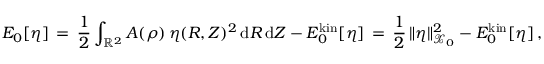
E _ { 0 } [ \eta ] \, = \, \frac 1 2 \int _ { \mathbb { R } ^ { 2 } } A ( \rho ) \, \eta ( R , Z ) ^ { 2 } \, \mathrm { d } R \, \mathrm { d } Z - E _ { 0 } ^ { \mathrm { k i n } } [ \eta ] \, = \, \frac 1 2 \, \| \eta \| _ { \mathcal { X } _ { 0 } } ^ { 2 } - E _ { 0 } ^ { \mathrm { k i n } } [ \eta ] \, ,